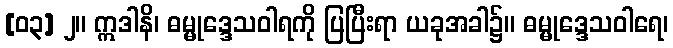
[၀၃] ၂။ ဣဒါနိ၊ ဓမ္မုဒ္ဒေသဝါရကို ပြပြီးရာ ယခုအခါ၌။ ဓမ္မုဒ္ဒေသဝါရေ၊